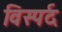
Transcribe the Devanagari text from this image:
विस्पर्द